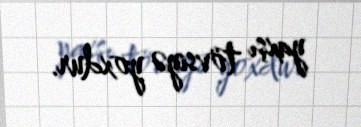
yaxşı tövsiyə yoxdur.